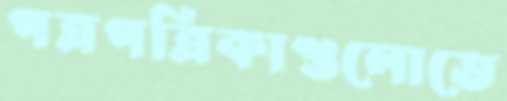
পত্রপত্রিকাগুলোতে